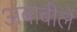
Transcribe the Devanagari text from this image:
अबाबीलें